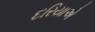
દરિયાએ